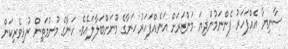
ސާނިޔާ އެއްފަހަރު ފެންނަމުންދިޔަ މަންޒަރަށް އަނެއްފަހަރު ހަނާގެ މޫނަށްބަލާލައެވެ. ހަނާގެ މޫނުމަތިން ރުޅިވެރިކަން